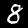
Digit: 8